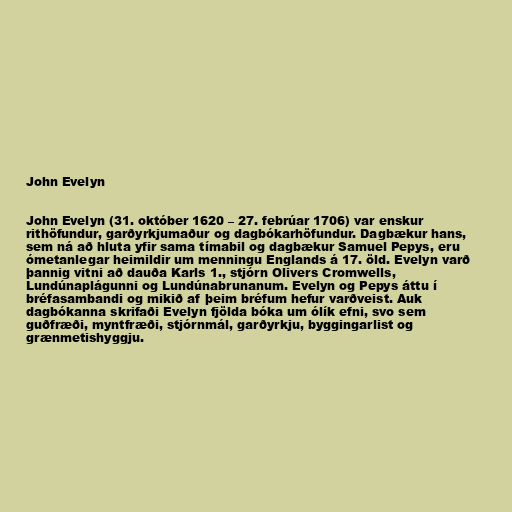
John Evelyn

John Evelyn (31. október 1620 – 27. febrúar 1706) var enskur
rithöfundur, garðyrkjumaður og dagbókarhöfundur. Dagbækur hans,
sem ná að hluta yfir sama tímabil og dagbækur Samuel Pepys, eru
ómetanlegar heimildir um menningu Englands á 17. öld. Evelyn varð
þannig vitni að dauða Karls 1., stjórn Olivers Cromwells,
Lundúnaplágunni og Lundúnabrunanum. Evelyn og Pepys áttu í
bréfasambandi og mikið af þeim bréfum hefur varðveist. Auk
dagbókanna skrifaði Evelyn fjölda bóka um ólík efni, svo sem
guðfræði, myntfræði, stjórnmál, garðyrkju, byggingarlist og
grænmetishyggju.